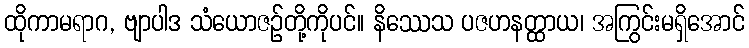
ထိုကာမရာဂ, ဗျာပါဒ သံယောဇဉ်တို့ကိုပင်။ နိဿေသ ပဇဟနတ္ထာယ၊ အကြွင်းမရှိအောင်